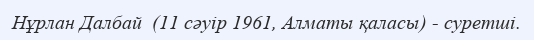
Нұрлан Далбай  (11 сәуір 1961, Алматы қаласы) - суретші.